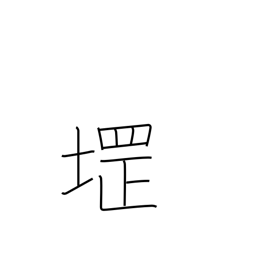
Meaning: used in place names